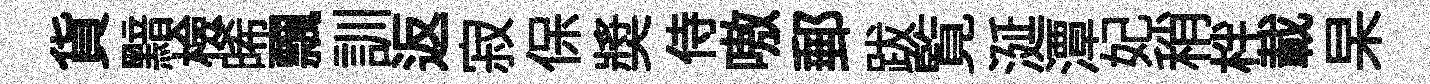
貨黯檢晞飄訓返寂保奬侍嗷郵跋覧涎潭妃稍柈載杲